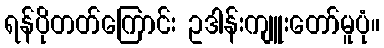
ရန်ပိုတတ်ကြောင်း ဥဒါန်းကျူးတော်မူပုံ။